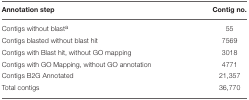
| Annotation step | Contig no. |
 | --- | --- |
 | Contigs without blasta | 55 |
 | Contigs blasted without blast hit | 7569 |
 | Contigs with Blast hit, without GO mapping | 3018 |
 | Contigs with GO Mapping, without GO annotation | 4771 |
 | Contigs B2G Annotated | 21,357 |
 | Total contigs | 36,770 |